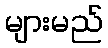
များမည်